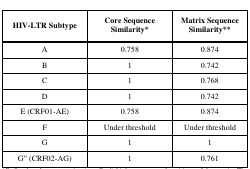
<table><thead><tr><td><b>HIV-LTR Subtype</b></td><td><b>Core Sequence Similarity*</b></td><td><b>Matrix Sequence Similarity**</b></td></tr></thead><tbody><tr><td>A</td><td>0.758</td><td>0.874</td></tr><tr><td>B</td><td>1</td><td>0.742</td></tr><tr><td>C</td><td>1</td><td>0.768</td></tr><tr><td>D</td><td>1</td><td>0.742</td></tr><tr><td>E (CRF01-AE)</td><td>0.758</td><td>0.874</td></tr><tr><td>F</td><td>Under threshold</td><td>Under threshold</td></tr><tr><td>G</td><td>1</td><td>1</td></tr><tr><td>G” (CRF02-AG)</td><td>1</td><td>0.761</td></tr></tbody></table>